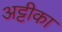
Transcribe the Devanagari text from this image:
अट्टीका